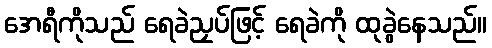
အေရီကိုသည် ရေခဲညှပ်ဖြင့် ရေခဲကို ထုခွဲနေသည်။